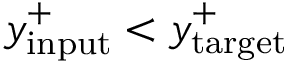
y _ { \mathrm { i n p u t } } ^ { + } < y _ { \mathrm { t a r g e t } } ^ { + }